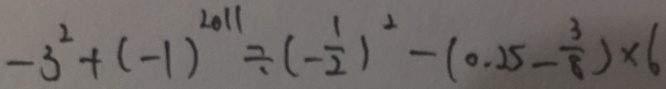
- 3 ^ { 2 } + ( - 1 ) ^ { 2 0 1 1 } \div ( - \frac { 1 } { 2 } ) ^ { 2 } - ( 0 . 2 5 - \frac { 3 } { 8 } ) \times 6